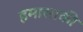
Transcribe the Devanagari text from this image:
हमासाकी